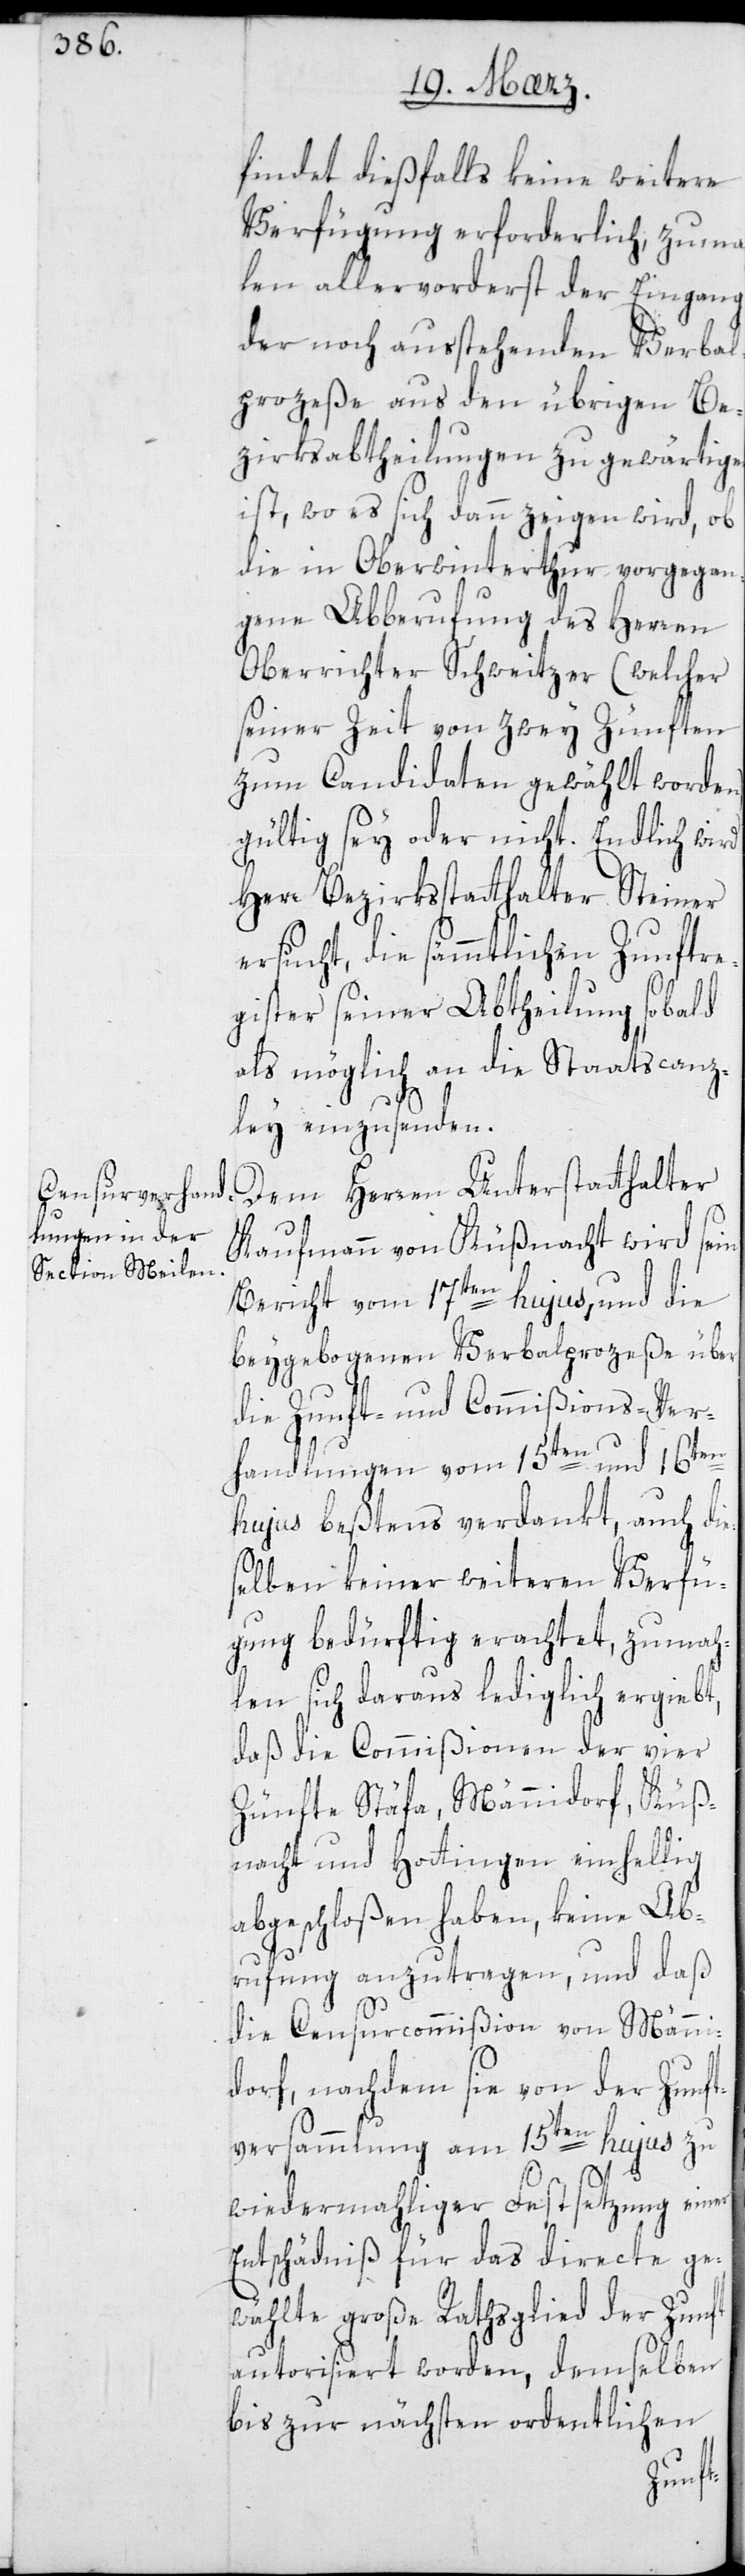
findet dießfalls keine weitere
Verfügung erforderlich, zuma¬
len allervorderst der Eingang
der noch ausstehenden Verbal¬
prozeße aus den übrigen Be¬
zirksabtheilungen zu gewärtigen
ist, wo es sich dann zeigen wird, ob
die in Oberwinterthur vorgegan¬
gene Abberufung des Herren
Oberrichter Schweitzer (welcher
seiner Zeit von zwey Zünften
zum Candidaten gewählt worden)
gültig sey oder nicht. Endlich wird
Herr Bezirksstatthalter Steiner
ersucht, die sämmtlichen Zunftre¬
gister seiner Abtheilung sobald
als möglich an die Staatscanz¬
ley einzusenden.
Dem Herren Unterstatthalter
Kaufmann von Küßnacht wird sein
Bericht vom 17ten hujus, und die
beigegebenen Verbalprozeße über
die Zunft- und Commißions-Ver¬
handlungen vom 15ten und 16ten
hujus bestens verdankt, auch die¬
selben keiner weitern Verfü¬
gung bedürftig erachtet, zumah¬
len sich daraus lediglich ergiebt,
daß die Commißionen der vier
Zünfte Stäfa, Männidorf, Küß¬
nacht und Hottingen einhellig
abgeschloßen haben, keine Ab¬
rufung anzutragen, und daß
die Censurcommißion von Männi¬
dorf, nachdem sie von der Zunft¬
versammlung am 15ten hujus zu
wiedermaliger Festsetzung einer
Entschädniß für das directe ge¬
wählte große Rathsglied der Zunft
autorisiert worden, demselben
bis zur nächsten ordentlichen